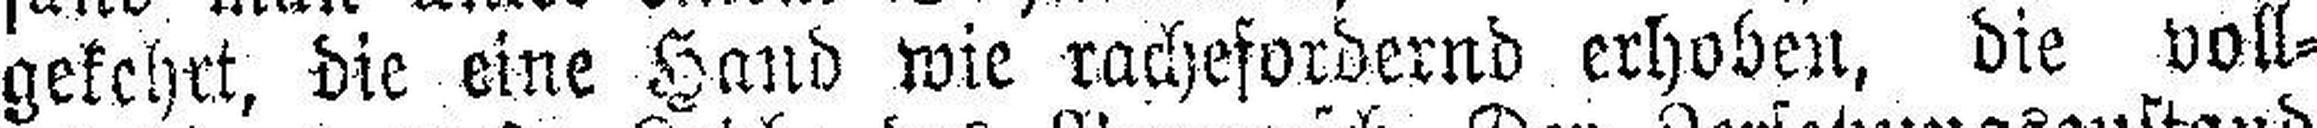
gekehrt, die eine Hand wie rachefordernd erhoben, die voll¬